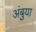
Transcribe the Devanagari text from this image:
अंबुया